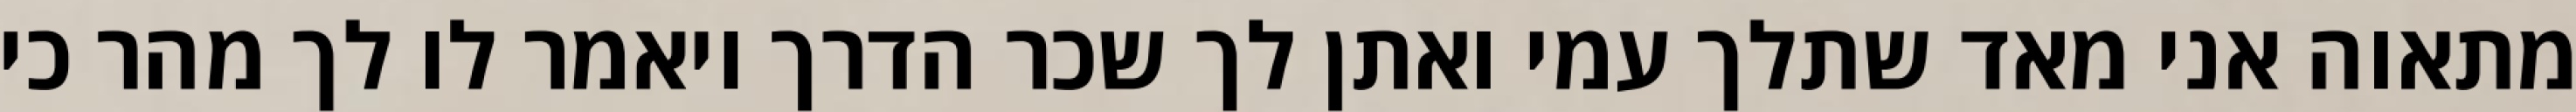
מתאוה אני מאד שתלך עמי ואתן לך שכר הדרך ויאמר לו לך מהר כי